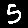
Digit: 5